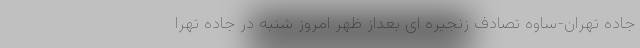
جاده تهران-ساوه تصادف زنجیره ای بعداز ظهر امروز شنبه در جاده تهرا